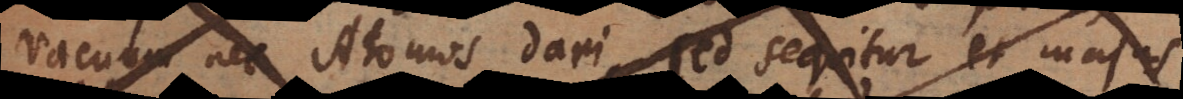
vacuum nec Atomos dari, sed sequitur et majus